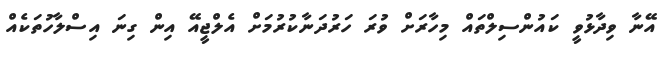
އޭނާ ވިދާޅުވީ ކައުންސިލްތައް މިހާރަށް ވުރަ ހަރުދަނާކުރުމަށް އެލްޖީއޭ އިން ގިނަ އިސްލާހުތަކެއް